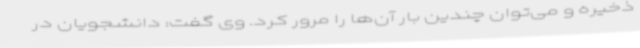
ذخیره و می‌توان چندین بار آن‌ها را مرور کرد. وی گفت: دانشجویان در